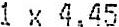
1 X 4.45